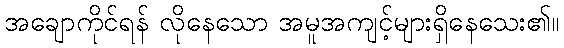
အချောကိုင်ရန် လိုနေသော အမူအကျင့်များရှိနေသေး၏။